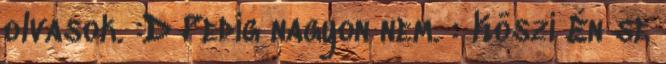
olvasok. :D Pedig nagyon nem. : Köszi Én se